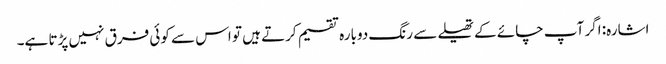
اشارہ: اگر آپ چائے کے تھیلے سے رنگ دوبارہ تقسیم کرتے ہیں تو اس سے کوئی فرق نہیں پڑتا ہے۔